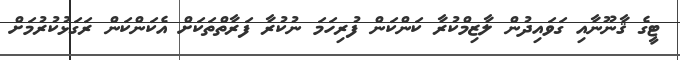
ޓީގެ ޤާނޫނާއި ގަވައިދުން ލާޒިމްކުރާ ކަންކަން ފުރިހަމަ ނުކުރާ ފަރާތްތަކަށް އެކަންކަން ރަގަޅުކުރުމަށް